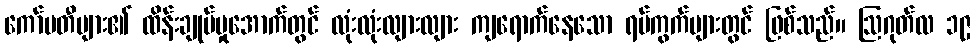
ကော်မတီများ၏ ထိန်းချုပ်မှုအောက်တွင် လုံးလုံးလျားလျား ကျရောက်နေသော ရပ်ကွက်များတွင် ဖြစ်သည်။ ဩဂုတ်လ ၁၉